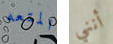
المتعه أنني